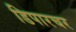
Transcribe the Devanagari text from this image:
डिपारचर